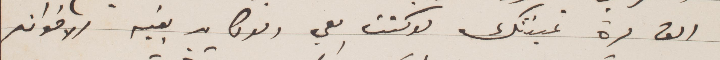
الف مرة تمنيتك لو كنت معي ولو كان بقية الاخوان